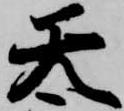
天